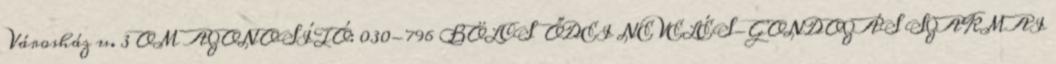
Városház u. 3 OM AZONOSÍTÓ: 030-796 BÖLCSŐDEI NEVELÉS-GONDOZÁS SZAKMAI